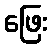
ဖြေး